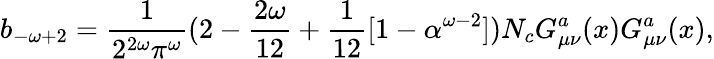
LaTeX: b_{-\omega+2}=\frac{1}{2^{2\omega}\pi^{\omega}}(2-\frac{2\omega}{12}+\frac{1}{12}[1-\alpha^{\omega-2}])N_{c}G_{\mu\nu}^{a}(x)G_{\mu\nu}^{a}(x),